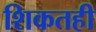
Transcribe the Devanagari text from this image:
शिकतही